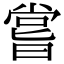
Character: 嘗